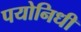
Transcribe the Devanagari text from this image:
पयोनिधी